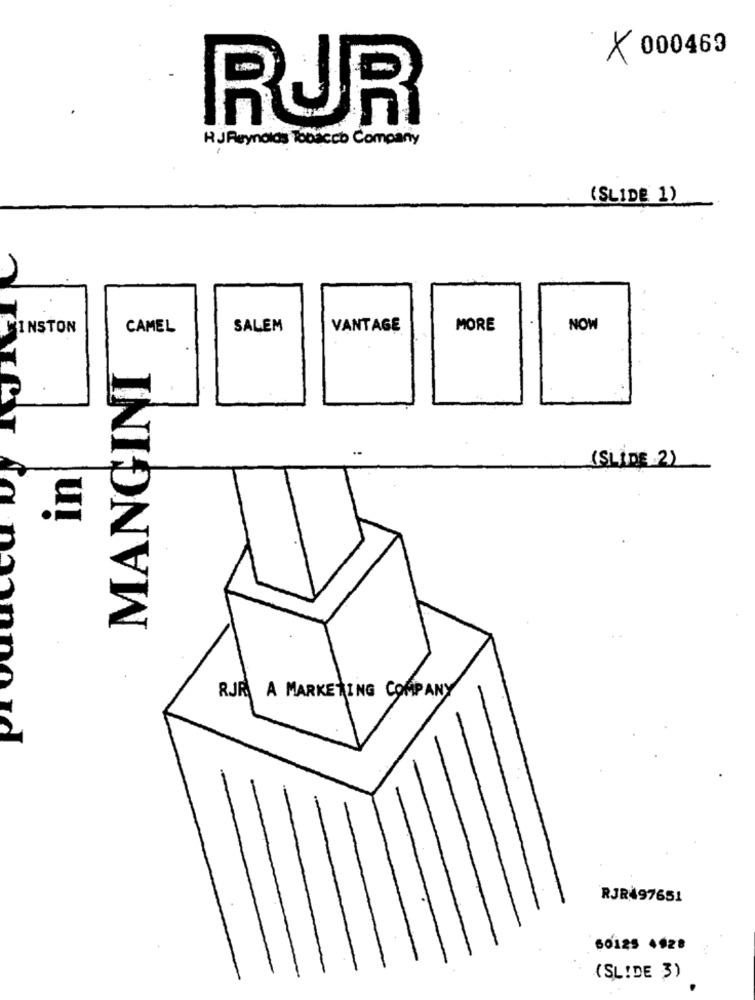
× 000463
RUR
HJ Reynolds Tobacco Company
(SLIDE 1)
WINSTON
CAMEL
SALEM
VANTAGE
MORE
NOW
MANGINI
(SLIDE .2)
ul
RJR A MARKETING COMPANY
RJR497651
60125 4628
(SLIDE 3)